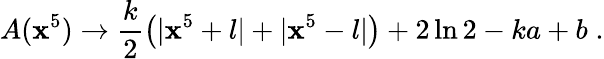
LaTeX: A(\mathbf{x}^{5})\rightarrow\frac{{k}}{{2}}\left(|\mathbf{x}^{5}+l|+|\mathbf{x}^{5}-l|\right)+2\ln2-ka+b\; .